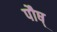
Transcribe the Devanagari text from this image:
पौष्